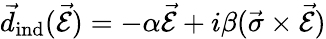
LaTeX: \vec{d}_{\mathrm{ind}}(\vec{\mathcal{E}})=-\alpha\vec{\mathcal{E}}+i\beta(\vec{\sigma}\times\vec{\mathcal{E}})